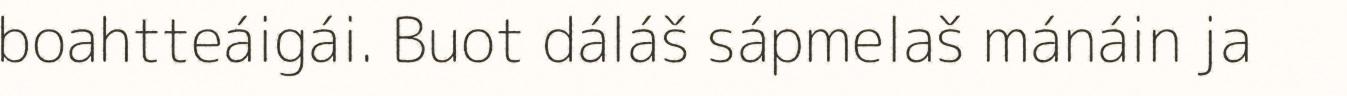
boahtteáigái. Buot dáláš sápmelaš mánáin ja